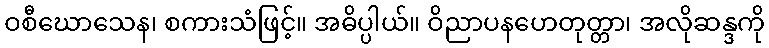
ဝစီဃောသေန၊ စကားသံဖြင့်။ အဓိပ္ပါယ်။ ဝိညာပနဟေတုတ္တာ၊ အလိုဆန္ဒကို